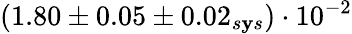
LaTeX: (1.80\pm0.05\pm0.02_{s\mathbf{y}s})\cdot10^{-2}